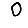
Digit: 0